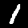
Digit: 1